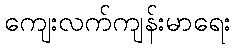
ကျေးလက်ကျန်းမာရေး